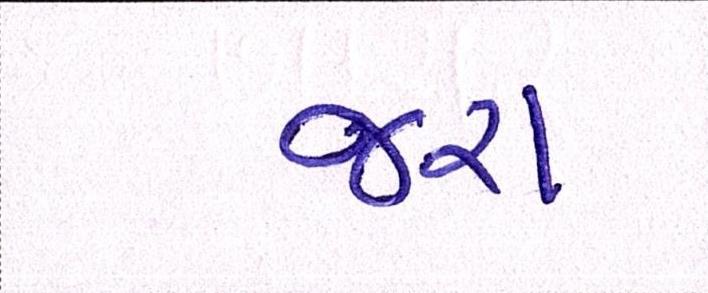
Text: જરા